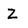
Character: Z